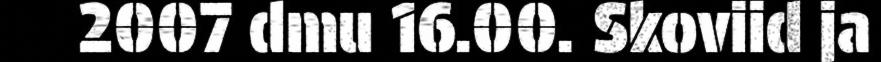
2007 dmu 16.00. Skoviid ja